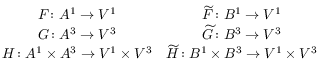
\begin{array} { c c } { F \colon A ^ { 1 } \to V ^ { 1 } } & { \widetilde F \colon B ^ { 1 } \to V ^ { 1 } } \\ { G \colon A ^ { 3 } \to V ^ { 3 } } & { \widetilde G \colon B ^ { 3 } \to V ^ { 3 } } \\ { H \colon A ^ { 1 } \times A ^ { 3 } \to V ^ { 1 } \times V ^ { 3 } } & { \widetilde H \colon B ^ { 1 } \times B ^ { 3 } \to V ^ { 1 } \times V ^ { 3 } } \end{array}